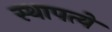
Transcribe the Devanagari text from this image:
स्थापत्ये